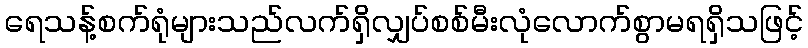
ရေသန့်စက်ရုံများသည်လက်ရှိလျှပ်စစ်မီးလုံလောက်စွာမရရှိသဖြင့်